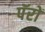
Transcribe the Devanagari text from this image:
पॅरों